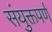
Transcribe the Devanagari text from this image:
संयुक्तपर्ण